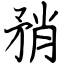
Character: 矟